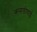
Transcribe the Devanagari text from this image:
कनाडीयाई